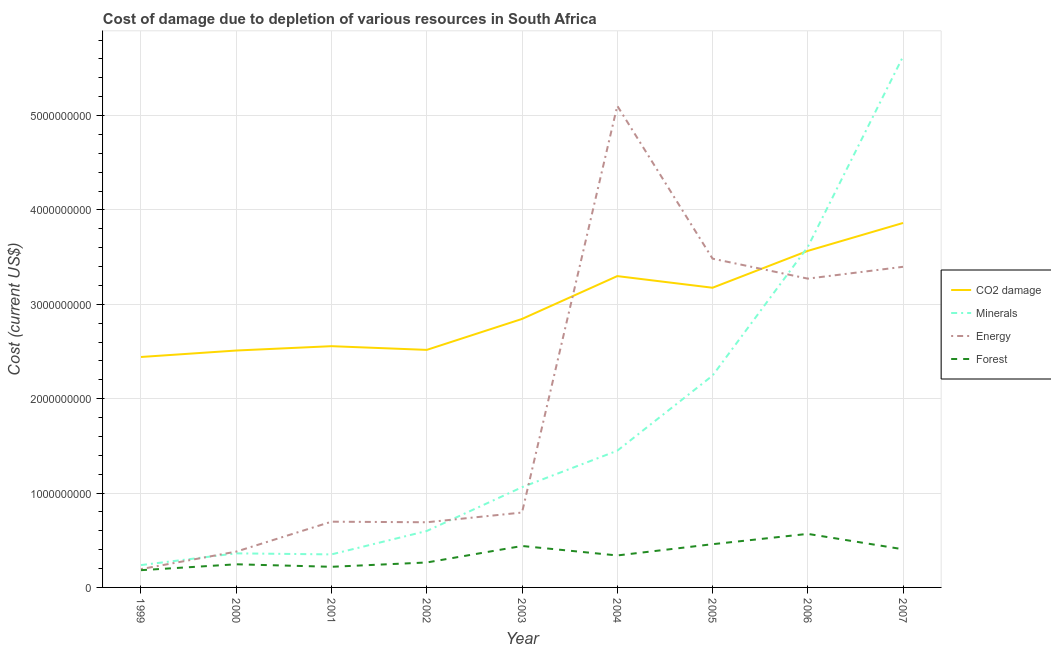
| Year | CO2 damage | Minerals | Energy | Forest |
 | --- | --- | --- | --- | --- |
 | 1999 | 2.44e+09 | 2.37e+08 | 1.94e+08 | 1.83e+08 |
 | 2000 | 2.51e+09 | 3.61e+08 | 3.8e+08 | 2.45e+08 |
 | 2001 | 2.56e+09 | 3.5e+08 | 6.97e+08 | 2.19e+08 |
 | 2002 | 2.52e+09 | 5.98e+08 | 6.91e+08 | 2.64e+08 |
 | 2003 | 2.85e+09 | 1.06e+09 | 7.94e+08 | 4.39e+08 |
 | 2004 | 3.3e+09 | 1.45e+09 | 5.1e+09 | 3.39e+08 |
 | 2005 | 3.18e+09 | 2.24e+09 | 3.48e+09 | 4.58e+08 |
 | 2006 | 3.57e+09 | 3.61e+09 | 3.27e+09 | 5.67e+08 |
 | 2007 | 3.86e+09 | 5.63e+09 | 3.4e+09 | 4.04e+08 |